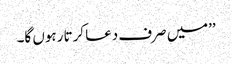
’’میں صرف دعا کرتا رہوں گا۔